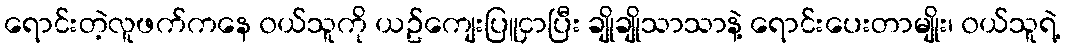
ရောင်းတဲ့လူဖက်ကနေ ၀ယ်သူကို ယဥ်ကျေးပြူငှာပြီး ချိုချိုသာသာနဲ့ ရောင်းပေးတာမျိုး၊ ၀ယ်သူရဲ့